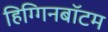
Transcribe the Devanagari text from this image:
हिग्गिनबॉटम